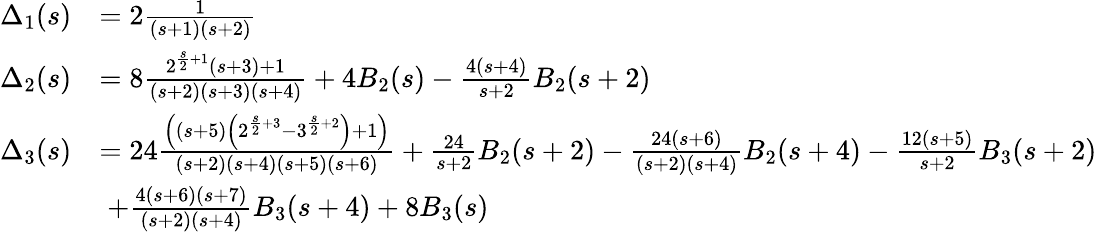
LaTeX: \begin{array}{rl}{\Delta_{1}(s)}&{=2\frac{1}{(s+1)(s+2)}}\\ {\Delta_{2}(s)}&{=8\frac{2^{\frac{s}{2}+1}(s+3)+1}{(s+2)(s+3)(s+4)}+4B_{2}(s)-\frac{4(s+4)}{s+2}B_{2}(s+2)}\\ {\Delta_{3}(s)}&{=24\frac{\left((s+5)\left(2^{\frac{s}{2}+3}-3^{\frac{s}{2}+2}\right)+1\right)}{(s+2)(s+4)(s+5)(s+6)}+\frac{24}{s+2}B_{2}(s+2)-\frac{24(s+6)}{(s+2)(s+4)}B_{2}(s+4)-\frac{12(s+5)}{s+2}B_{3}(s+2)}\\ &{\; +\frac{4(s+6)(s+7)}{(s+2)(s+4)}B_{3}(s+4)+8B_{3}(s)}\end{array}